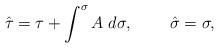
LaTeX: \begin{align*}\hat{\tau}=\tau+\int^{\sigma}A\;d\sigma,\;\;\;\;\;\;\;\;\hat{\sigma}=\sigma,\end{align*}